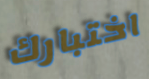
اختبارك